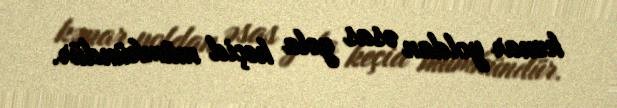
kənar yoldan əsas yola keçid mümkündür.